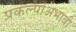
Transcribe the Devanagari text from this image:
प्रकल्पांअभावी